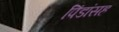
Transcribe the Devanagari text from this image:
पिंडांसह